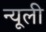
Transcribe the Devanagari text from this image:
न्यूली